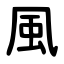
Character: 風